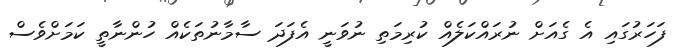
ފަހަރުގައި އެ ގެއަށް ނުރައްކަލެއް ކުރިމަތި ނުވަނީ އެފަދަ ސާމާނުތަކެއް ހުންނާތީ ކަމަށްވެސް